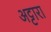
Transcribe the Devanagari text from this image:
अट्टारा